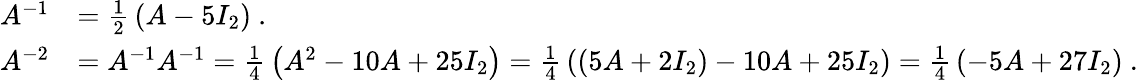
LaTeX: {\begin{array}{rl}{A^{-1}}&{={\frac{1}{2}}\left(A-5I_{2}\right)~.}\\ {A^{-2}}&{=A^{-1}A^{-1}={\frac{1}{4}}\left(A^{2}-10A+25I_{2}\right)={\frac{1}{4}}\left((5A+2I_{2})-10A+25I_{2}\right)={\frac{1}{4}}\left(-5A+27I_{2}\right)~.}\end{array}}